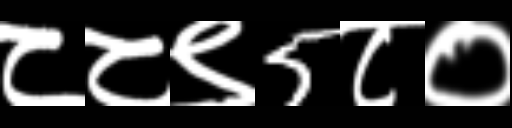
Text: ८८९5८०